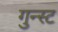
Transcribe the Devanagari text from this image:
गुन्स्ट